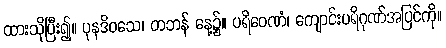
ထားသိုပြီး၍။ ပုနဒိဝသေ၊ တဘန် နေ့၌။ ပရိဝေဏံ၊ ကျောင်းပရိဂုဏ်အပြင်ကို။